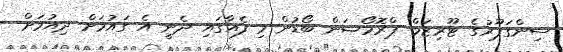
ސިންގަޕޫރުގެ ޓޫރިޒަމް ޕްރޮމޯޝަން ބޯޑުން މި ފެއާގައި ދެނީ އެ ގައުމަށް ދިއުމަށް